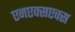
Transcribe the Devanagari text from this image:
एनएक्सएक्स